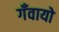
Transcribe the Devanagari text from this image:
गँवायो